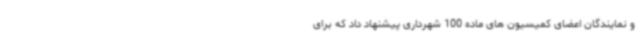
و نمایندگان اعضای کمیسیون های ماده 100 شهرداری پیشنهاد داد که برای